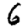
Digit: 6